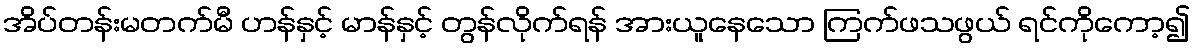
အိပ်တန်းမတက်မီ ဟန်နှင့် မာန်နှင့် တွန်လိုက်ရန် အားယူနေသော ကြက်ဖသဖွယ် ရင်ကိုကော့၍